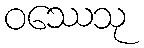
ဝဿေသု